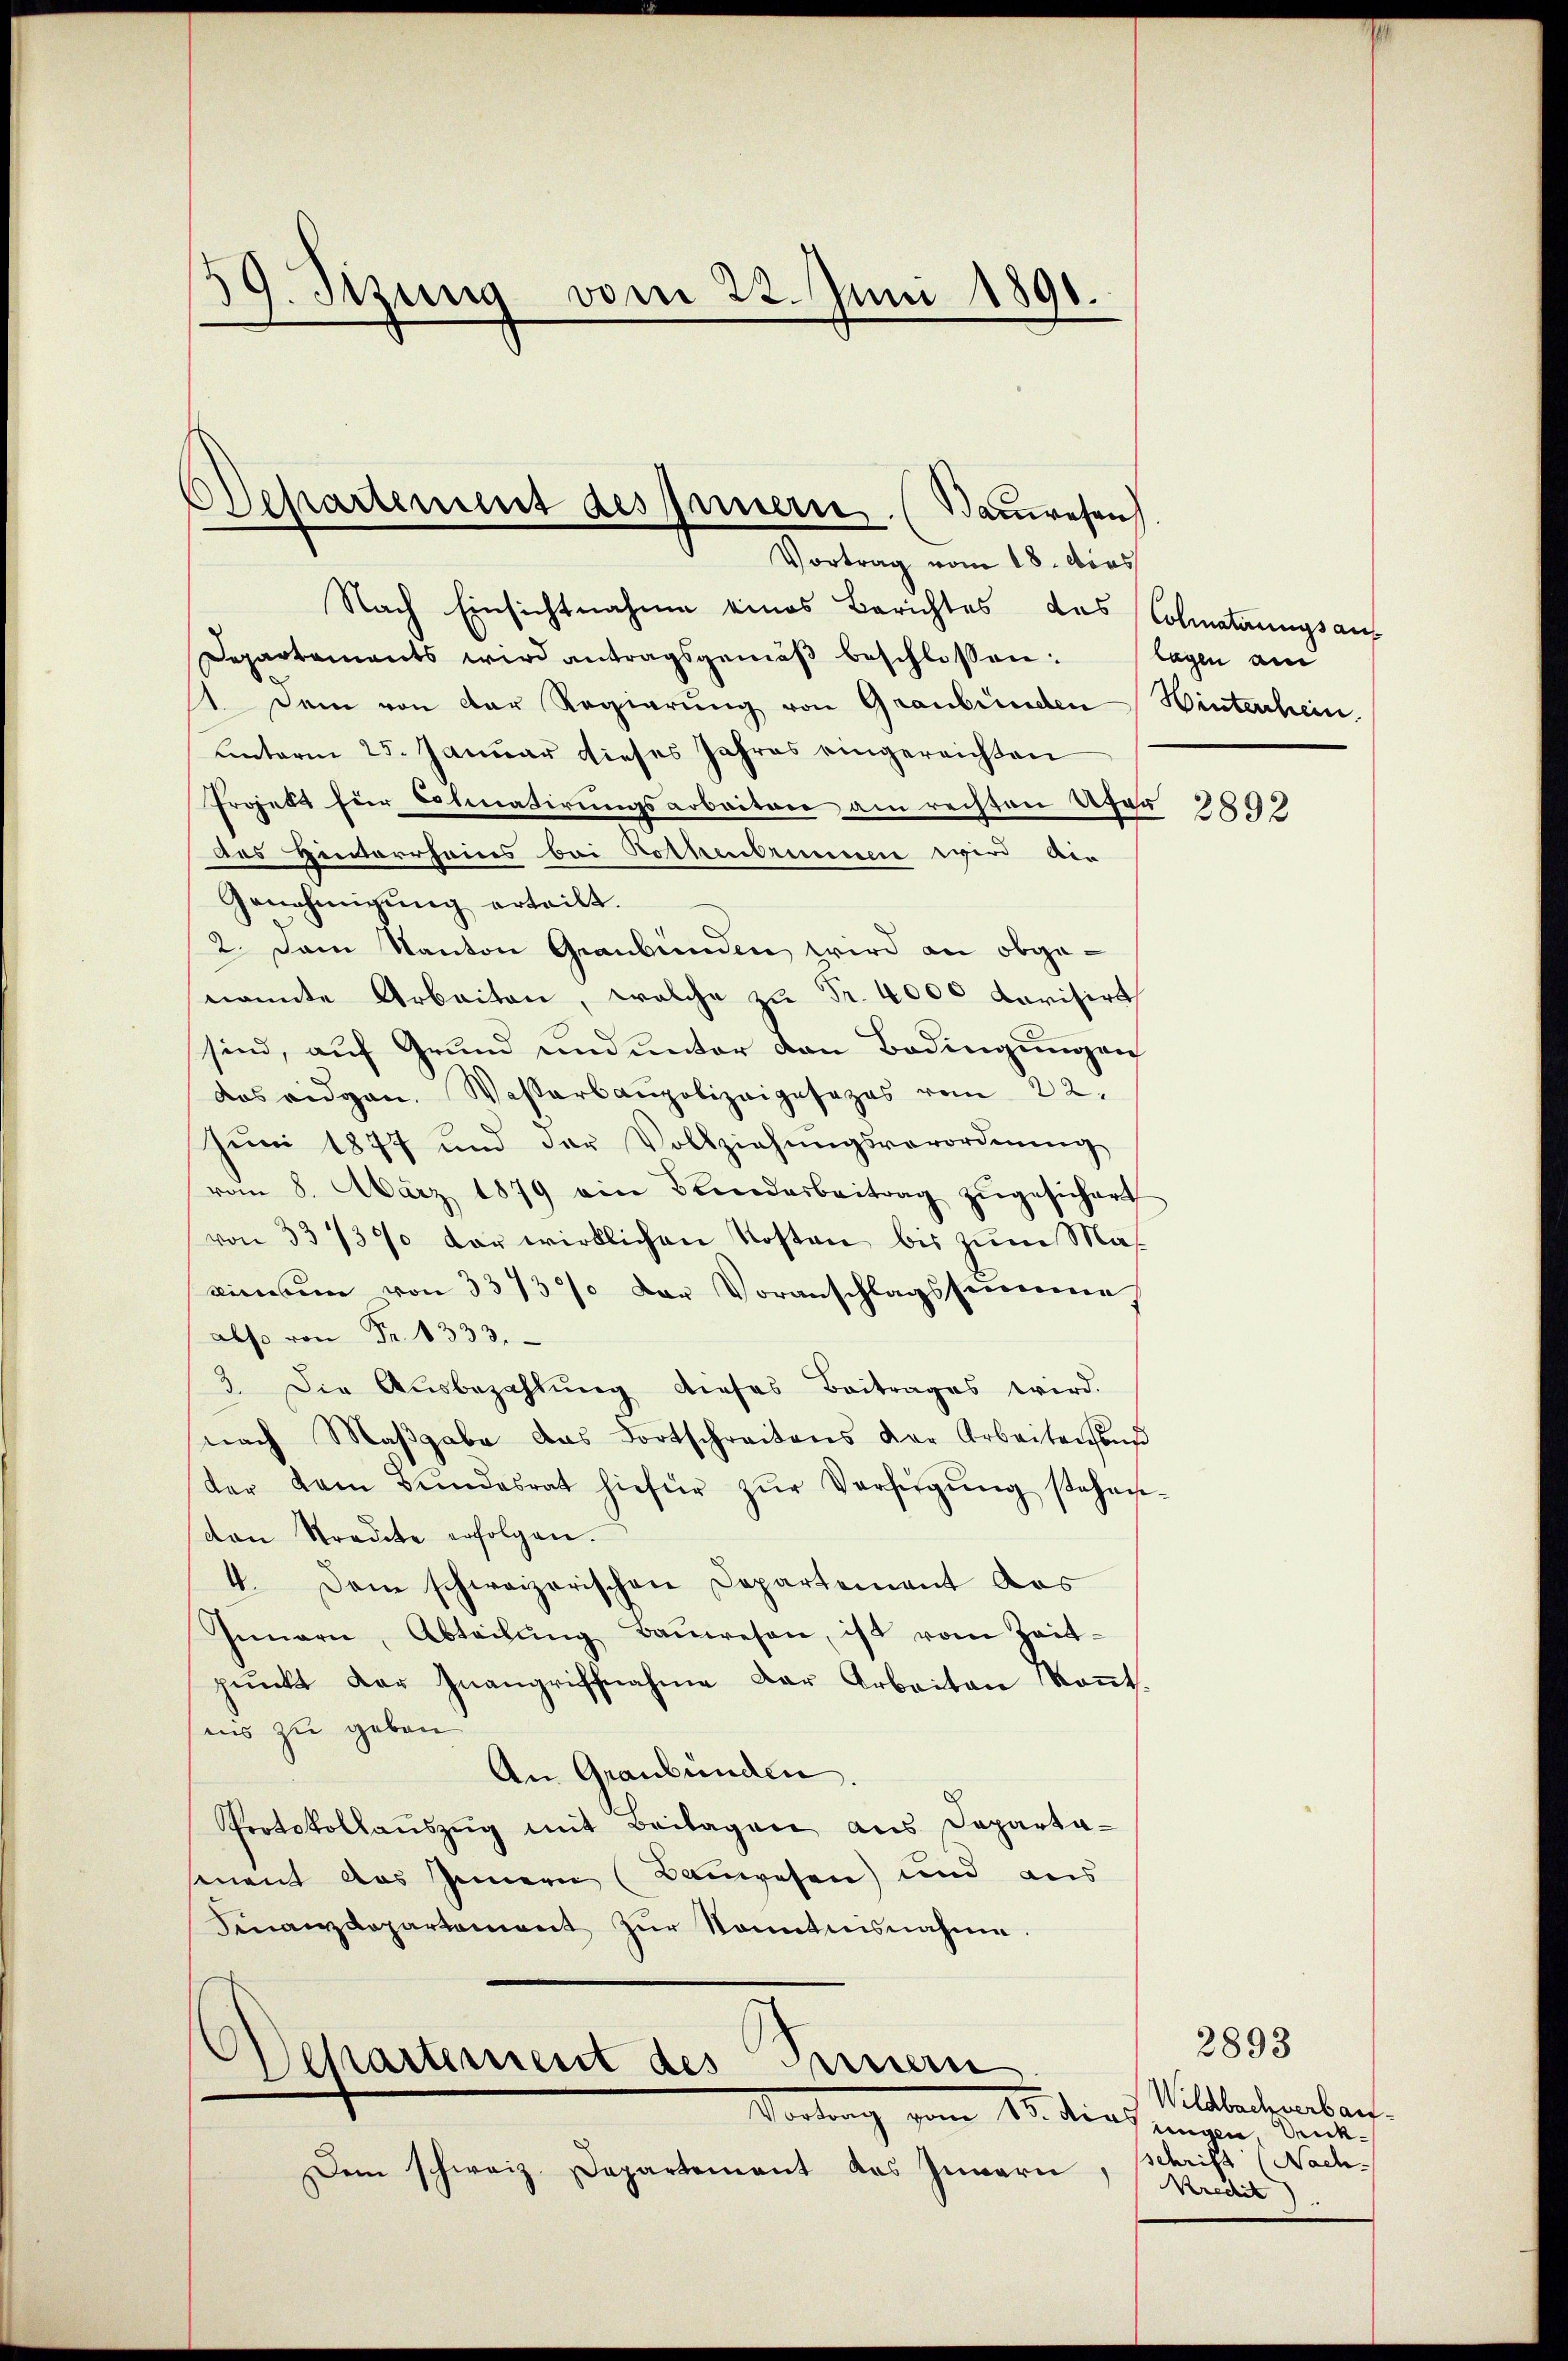
39. Sitzung
vom 22. Juni 1890.

Departement des Innern. (Bauwesen
Vortrag vom 18. dcos

Nach Einsichtnahme eines Berichtes das Colmattungsauf
Departements wird antragsgemäβ beschlossen:
Dem von der Regierŭng von Graubünden Hinterchein.
unterm 25. Januar dieses Jahres eingereichten
Projekt für Lobinatirungsarbeiten am rechten Ufer 2899
des Hinterrheies bei Rothenbrunnen wird dir
Genehmigung erteilt.
2. Dem Kanton Graubünden wird an obgenannte Arbeiten, welche zu Fr. 4000 darisirt
sind, auf Grund und unter den Bedingungen
dos eidgen. Wasserbaupolizeigesezes vom 22.
Juni 1877 und der Vollziehŭngsverordnŭng
vom 8. März 1879 ein Bendarbeitrag zŭgesichert
von 33/3% vor wirklichen Kosten bis zum Mas
visum von 3373% der Voranschlagssumme
also von Fr. 1333.
3. Die Ausbezahlung dieses Beitrages wird.
nach Maβgabe das Fortschreitens der Arbeitenhand
(der kam Bŭndesrat hiefür zŭr Verfügŭng stehen-
don Stradite erfolgen.
4. Dem schweizerischen Departement das
Innern, Abteilŭng Baŭwesen, ist vom Zeit-
pŭnkt der Inangriffnahme der Arbeiten Koṅt.
sens zu geben
An Graubünden.
Protokollaŭszŭg mit Beilagen aus Departa-
senent das Innern (Bauwesen) und aus
Finanzdepartement zŭr Kenntnisnahme.
Departement des Innern
Vortrag vom 15. dies eingen Benken
Dem schweiz. Departement das Zuwari

lagen am

2893
Wildbach verbaufschrift (Nach-
Kredit